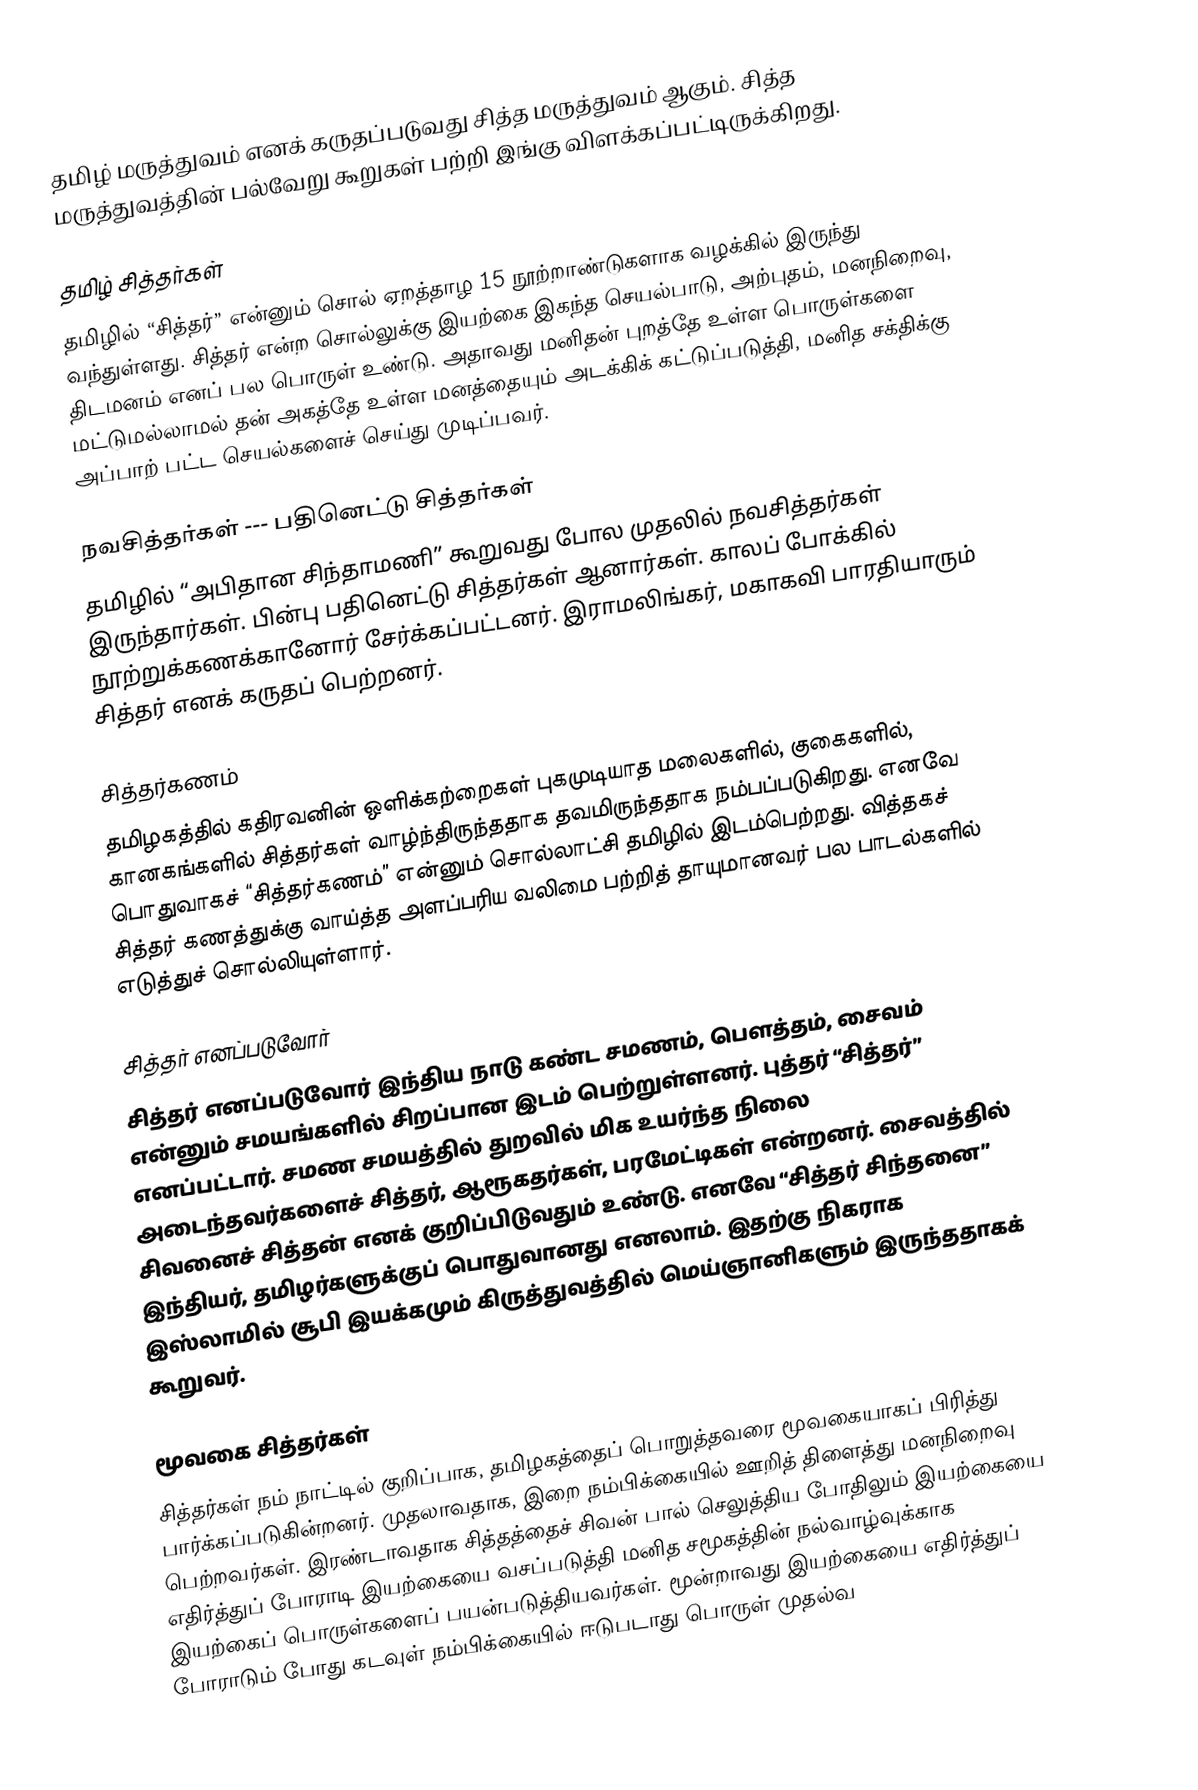
தமிழ் மருத்துவம் எனக் கருதப்படுவது சித்த மருத்துவம் ஆகும். சித்த மருத்துவத்தின் பல்வேறு கூறுகள் பற்றி இங்கு விளக்கப்பட்டிருக்கிறது.

தமிழ் சித்தர்கள்
தமிழில் “சித்தர்” என்னும் சொல் ஏறத்தாழ 15 நூற்றாண்டுகளாக வழக்கில் இருந்து வந்துள்ளது. சித்தர் என்ற சொல்லுக்கு இயற்கை இகந்த செயல்பாடு, அற்புதம், மனநிறைவு, திடமனம் எனப் பல பொருள் உண்டு. அதாவது மனிதன் புறத்தே உள்ள பொருள்களை மட்டுமல்லாமல் தன் அகத்தே உள்ள மனத்தையும் அடக்கிக் கட்டுப்படுத்தி, மனித சக்திக்கு அப்பாற் பட்ட செயல்களைச் செய்து முடிப்பவர்.

நவசித்தர்கள் --- பதினெட்டு சித்தர்கள்
தமிழில் “அபிதான சிந்தாமணி” கூறுவது போல முதலில் நவசித்தர்கள் இருந்தார்கள். பின்பு பதினெட்டு சித்தர்கள் ஆனார்கள். காலப் போக்கில் நூற்றுக்கணக்கானோர் சேர்க்கப்பட்டனர். இராமலிங்கர், மகாகவி பாரதியாரும் சித்தர் எனக் கருதப் பெற்றனர்.

சித்தர்கணம்
தமிழகத்தில் கதிரவனின் ஒளிக்கற்றைகள் புகமுடியாத மலைகளில், குகைகளில், கானகங்களில் சித்தர்கள் வாழ்ந்திருந்ததாக தவமிருந்ததாக நம்பப்படுகிறது. எனவே பொதுவாகச் “சித்தர்கணம்” என்னும் சொல்லாட்சி தமிழில் இடம்பெற்றது. வித்தகச் சித்தர் கணத்துக்கு வாய்த்த அளப்பரிய வலிமை பற்றித் தாயுமானவர் பல பாடல்களில் எடுத்துச் சொல்லியுள்ளார்.

சித்தர் எனப்படுவோர்
சித்தர் எனப்படுவோர் இந்திய நாடு கண்ட சமணம், பௌத்தம், சைவம் என்னும் சமயங்களில் சிறப்பான இடம் பெற்றுள்ளனர். புத்தர் “சித்தர்” எனப்பட்டார். சமண சமயத்தில் துறவில் மிக உயர்ந்த நிலை அடைந்தவர்களைச் சித்தர், ஆரூகதர்கள், பரமேட்டிகள் என்றனர். சைவத்தில் சிவனைச் சித்தன் எனக் குறிப்பிடுவதும் உண்டு. எனவே “சித்தர் சிந்தனை” இந்தியர், தமிழர்களுக்குப் பொதுவானது எனலாம். இதற்கு நிகராக இஸ்லாமில் சூபி இயக்கமும் கிருத்துவத்தில் மெய்ஞானிகளும் இருந்ததாகக் கூறுவர்.

மூவகை சித்தர்கள்
சித்தர்கள் நம் நாட்டில் குறிப்பாக, தமிழகத்தைப் பொறுத்தவரை மூவகையாகப் பிரித்து பார்க்கப்படுகின்றனர். முதலாவதாக, இறை நம்பிக்கையில் ஊறித் திளைத்து மனநிறைவு பெற்றவர்கள். இரண்டாவதாக சித்தத்தைச் சிவன் பால் செலுத்திய போதிலும் இயற்கையை எதிர்த்துப் போராடி இயற்கையை வசப்படுத்தி மனித சமூகத்தின் நல்வாழ்வுக்காக இயற்கைப் பொருள்களைப் பயன்படுத்தியவர்கள். மூன்றாவது இயற்கையை எதிர்த்துப் போராடும் போது கடவுள் நம்பிக்கையில் ஈடுபடாது பொருள் முதல்வ